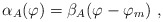
\begin{align*}\alpha_A (\varphi) = \beta_A (\varphi - \varphi_m)\ , \end{align*}